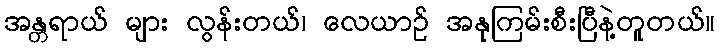
အန္တရာယ် များ လွန်းတယ်၊ လေယာဉ် အနုကြမ်းစီးပြီနဲ့တူတယ်။